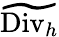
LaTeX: \widetilde{\mathrm{Div}_{h}}